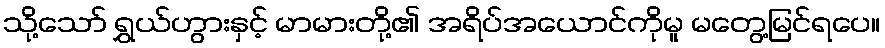
သို့သော် ရွှယ်ဟွားနှင့် မာမားတို့၏ အရိပ်အယောင်ကိုမူ မတွေ့မြင်ရပေ။